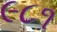
૯૮૧